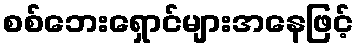
စစ်ဘေးရှောင်များအနေဖြင့်